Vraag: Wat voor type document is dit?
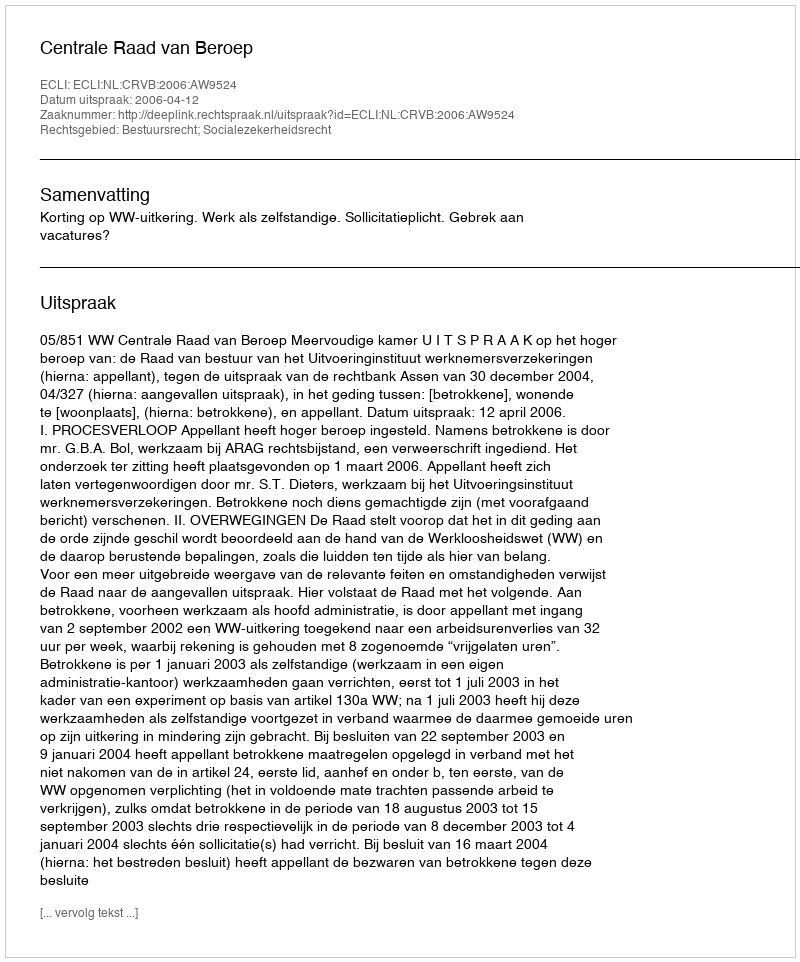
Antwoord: Uitspraak